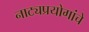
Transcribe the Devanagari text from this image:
नाट्यप्रयोगांचे